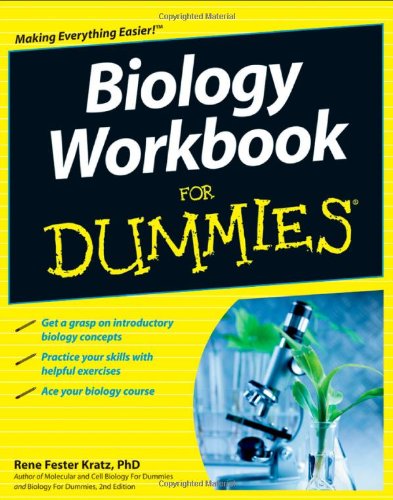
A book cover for Biology Workbook For Dummies; RenÃ© Fester Kratz; Science & Math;